Vaccination North-Western Provinces and Oudh 1878-1895 - 1878-1895
Year: 1878
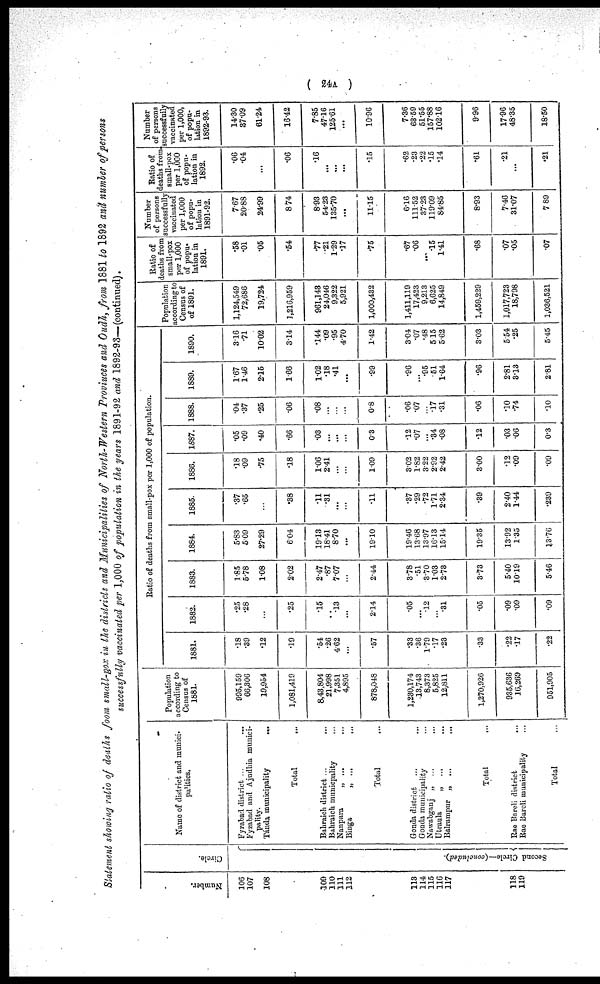
( 24A )
Statement showing ratio of deaths from small-pox in the districts and Municipalities of North-Western Provinces and Oudh, from 1881 to 1892 and number of persons
succcessfully vaccinated per 1,000 of population in the years 1891-92 and 1892-93—(continued).
Number.
106
107
108
109
110
111
112
113
114
115
116
117
118
119
Circle.
Second Circle—(concluded).
Name of district and munici-
palities.
Fyzabad district ... ...
Fyzabad and Ajudhia munici-
pality.
Tánda municipality
...
Total ...
Bahraich district ... ...
Bahraich municpality ...
Nanpara „ ... ...
Binga
„ ... ...
Total ...
Gonda district ... ...
Gonda municipality ...
Nawabganj „ ... ...
Utraula „ ... ...
Balrumpur
„
...
...
Total ...
Rae Bareli district ...
Rae Bareli municipality ...
Total ...
Population
according to
Census of
1881.
995,159
66,306
19,954
1,081,419
8,43,804
21,998
7,351
4,895
878,048
1,230,174
13,743
8,373
5,825
12,811
1,270,926
935,636
16,269
951,905
Ratio of deaths from small-pox per 1,000 of population.
1881.
.18
.39
.12
.19
.54
.26
4.62
...
.57
.33
.36
1.79
.17
.23
.33
.22
.17
.22
1882.
.25
.28
...
.25
.15
...
.13
...
2.14
.05
...
.12
...
.31
.05
.09
.09
.09
1883.
1.85
5.78
1.08
2.02
2.47
.87
7.07
...
2.44
3.78
.51
3.70
1.03
2.73
3.73
5.40
10.19
5.46
1884.
5.83
5.09
27.29
6.04
19.13
18.41
8.70
...
19.10
19.46
13.68
13.97
16.13
15.14
19.35
13.92
1.35
13.76
1885.
.37
.65
...
.38
.11
.31
...
...
.11
.37
.29
.72
1.71
2.34
.39
2.40
1.44
.239
1886.
.18
.09
.75
.18
1.06
2.41
...
...
1.09
3.02
1.82
3.22
2.92
2.42
3.00
.12
.09
.09
1887.
.05
.09
.40
.66
.03
...
...
...
03
.12
.07
...
.34
.08
.12
.03
.06
0.3
1888.
.04
.37
.25
.06
.08
...
...
...
0.8
.06
.07
...
.17
.31
.06
.10
.74
.10
1889.
1.67
1.46
2.15
1.66
1.02
.18
.41
...
.99
.96
...
.95
.51
1.64
.96
2.81
3.13
2.81
1890.
3.16
.71
10.02
3.14
.144
.09
.95
4.70
1.42
3.04
.07
.48
5.15
5.62
3.03
5.54
.25
5.45
Population
according to
Census of
of 1891.
1,124,549
72,686
19,724
1,216,959
961,143
24,046
9,322
5,921
1,000,432
1,411,119
17,423
9,213
6,625
14,849
1,459,229
1,017,723
18,798
1,036,521
Ratio of
deaths from
small-pox
per 1,000
of popu-
lation in
1891.
.58
.01
.05
.54
.77
.21
1.29
.17
.75
.67
.06
...
.15
1.41
.68
.07
.05
.07
Number
of persons
successfully
vaccinated
per 1,000
of popu-
lation in
1891-92.
7.67
20.88
24.99
8.74
8.93
54.23
135.70
...
11.15
6.16
111.52
37.23
119.09
84.85
8.93
7.46
31.07
7.89
Ratio of
deaths from
small-pox
per 1,000
of popu-
lation in
1892.
.06
.04
...
.06
.16
...
...
...
.15
.62
.23
.22
.15
.14
.61
.21
...
.21
Number
of persons
successfully
vaccinated
per 1,000,
of popu-
lation in
1892-93.
14.30
37.09
61.24
16.42
7.85
47.16
125.61
...
10.96
7.36
63.59
51.55
157.88
102.16
9.96
17.96
48.35
18.50